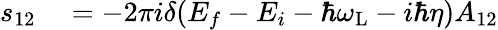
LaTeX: \begin{array}{rl}{s_{12}}&{{}=-2\pi i\delta(E_{f}-E_{i}-\hbar\omega_{\mathrm{L}}-i\hbar\eta)A_{12}}\end{array}